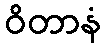
ဝိတာနံ